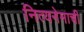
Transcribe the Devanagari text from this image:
नित्यनेमाची